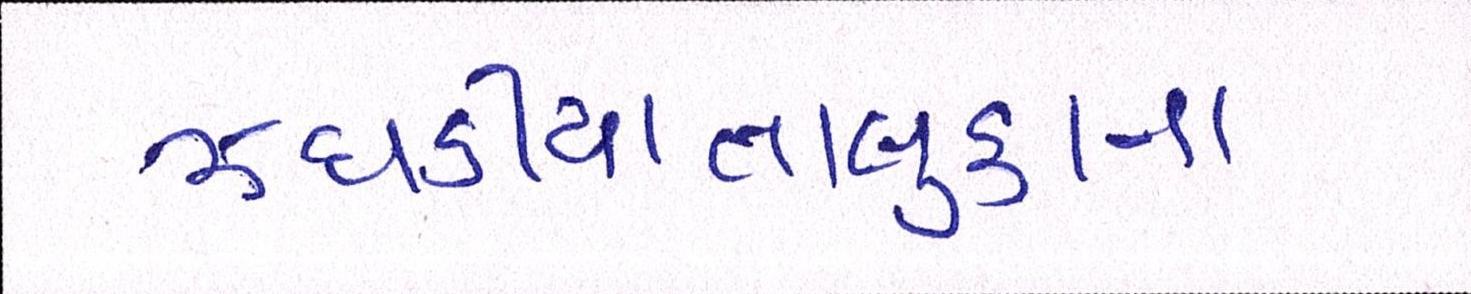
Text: ઝઘડીયાતાલુકાના